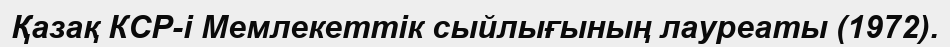
Қазақ КСР-і Мемлекеттік сыйлығының лауреаты (1972).